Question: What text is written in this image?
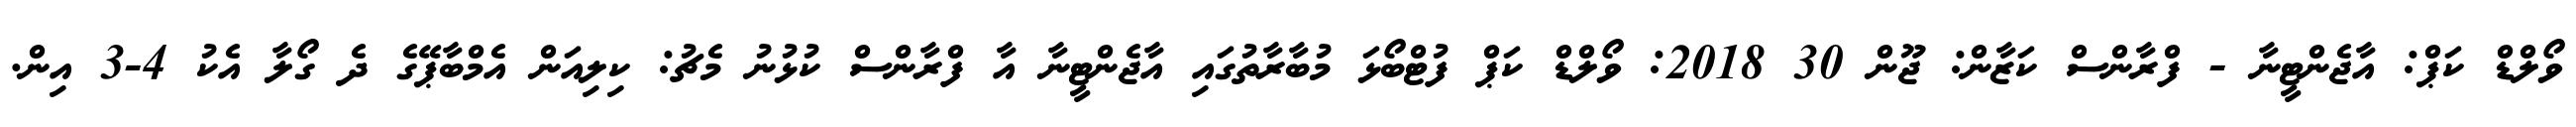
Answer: ވޯލްޑް ކަޕް: އާޖެންޓީނާ - ފްރާންސް ކަޒާން: ޖޫން 30 2018: ވޯލްޑް ކަޕް ފުޓްބޯޅަ މުބާރާތުގައި އާޖެންޓީނާ އާ ފްރާންސް ކުޅުނު މެޗު: ކިލިއަން އެމްބާޕޭގެ ދެ ގޯލާ އެކު 4-3 އިން.